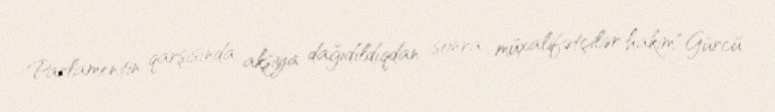
Parlamentin qarşısında aksiya dağıdıldıqdan sonra müxalifətçilər hakim “Gürcü